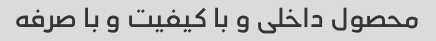
محصول داخلی و با کیفیت و با صرفه